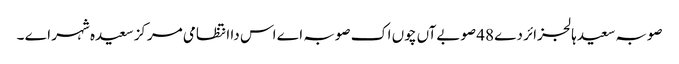
صوبہ سعیدہالجزائر دے 48 صوبےآں چوں اک صوبہ اے اس دا انتظامی مرکز سعیدہ شہر اے ۔